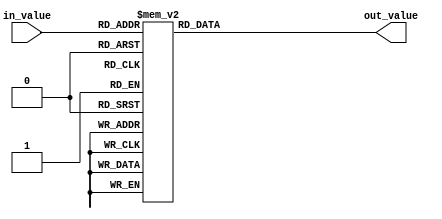
// takes an input 0-15 and returns the values to drive the display

module sev_seg_decoder(in_value, out_value);

   input [3:0] in_value;
   output [6:0] out_value;

   reg [6:0] result;

   always@(in_value) begin
      case (in_value)
         0: result = 7'b1000000;
         1: result = 7'b1111001;
         2: result = 7'b0100100;
         3: result = 7'b0110000;
         4: result = 7'b0011001;
         5: result = 7'b0010010;
         6: result = 7'b0000010;
         7: result = 7'b1111000;
         8: result = 7'b0000000;
         9: result = 7'b0010000;
         10: result = 7'b0001000;
         11: result = 7'b0000011;
         12: result = 7'b1000110;
         13: result = 7'b0100001;
         14: result = 7'b0000110;
         15: result = 7'b0001110;
      endcase
   end

   assign out_value = result;

endmodule